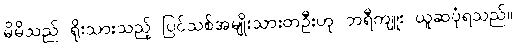
မိမိသည် ရိုးသားသည့် ပြင်သစ်အမျိုးသားတဦးဟု ဘရီကျူး ယူဆပုံရသည်။